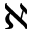
\aleph